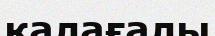
қалағалы